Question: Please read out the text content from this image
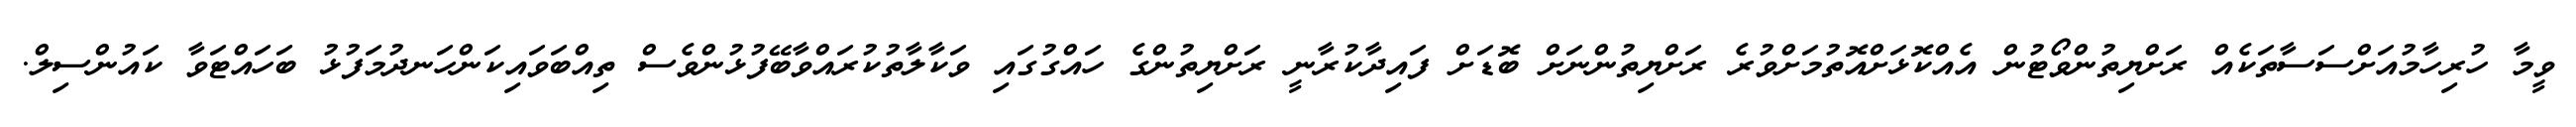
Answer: ވީމާ ހުރިހާމުއަށްސަސާތަކެއް ރަށްޔިތުންވޯޓުން އެއްކޮޅަށްއޮތުމަށްވުރެ ރަށްޔިތުންނަށް ބޮޑަށް ފައިދާކުރާނީ ރަށްޔިތުންގެ ހައްގުގައި ވަކާލާތުކުރައްވާބޭފުޅުންވެސް ތިއްބަވައިކަންހަނދުމަފުޅު ބަހައްޓަވާ ކައުންސިލް.